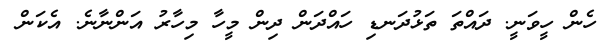
ހެން ހީވަނީ. ދައްތަ ތަޅުދަނޑި ހައްދަން ދިން މީހާ މިހާރު އަންނާނެ. އެކަން